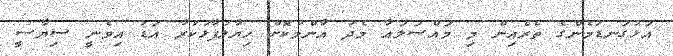
އަޅުގަނޑުމެންގެ ތެރެއިން މި މައްސަލައާ މެދު އާންމުކޮށް ހިޔާލުފާޅުކުރާ އަޑު އިވެނީ ސިޔާސީ